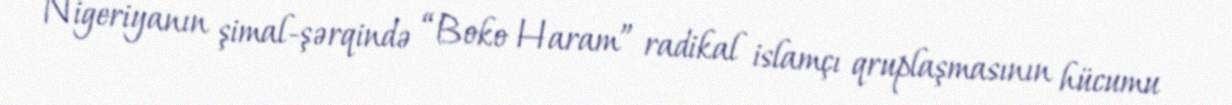
Nigeriyanın şimal-şərqində “Boko Haram” radikal islamçı qruplaşmasının hücumu